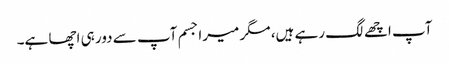
آپ اچھے لگ رہے ہیں، مگر میرا جسم آپ سے دور ہی اچھا ہے۔